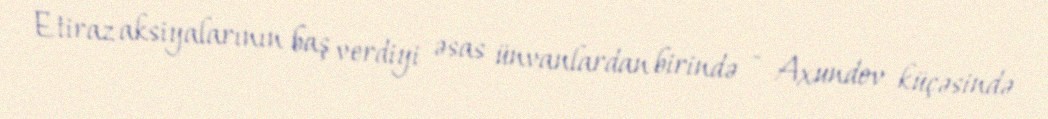
Etiraz aksiyalarının baş verdiyi əsas ünvanlardan birində - Axundov küçəsində